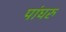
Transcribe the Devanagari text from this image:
पांघरु